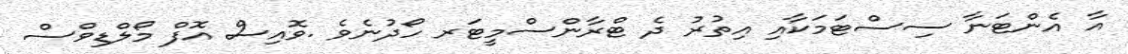
އާ އެންޓަނާ ސިސްޓަމަކާއި އިތުރު ދެ ޓްރާންސްމީޓަރ ހޯދުނެވެ .ވޮއިސް އޮފް މޯލްޑިވްސް